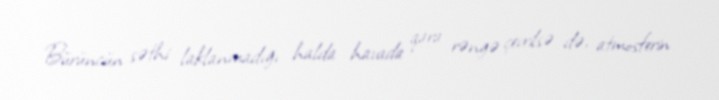
Bürüncün səthi laklanmadığı halda havada qara rəngə çevrilsə də, atmosferin